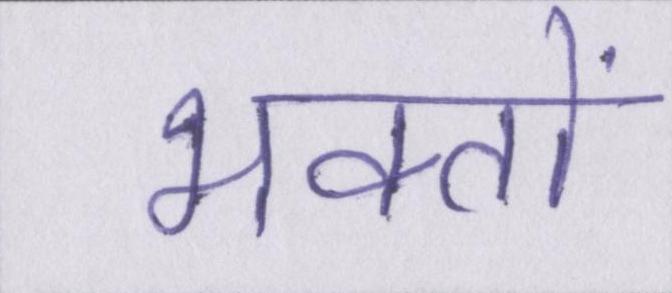
भक्तों